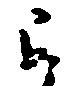
被